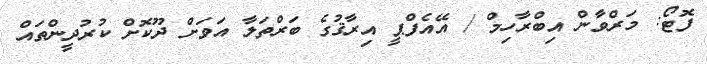
ފޮޓޯ: މަރްވާން އިބްރާހިމް / އޭއެފްޕީ އިރާޤުގެ ބަރްތަލާ އަވަށް ދޫކޮށް ކުރުދީންތައް